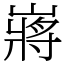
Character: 嶈